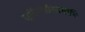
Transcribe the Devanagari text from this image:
सूचिभेद्यैस्तमोभिः